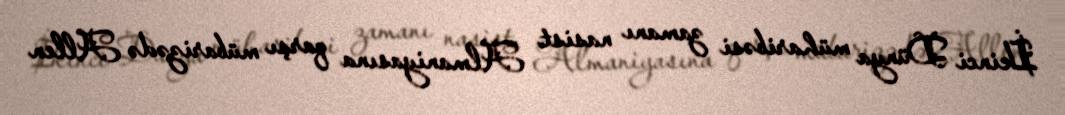
İkinci Dünya müharibəsi zamanı nasist Almaniyasına qarşı mübarizədə Allen